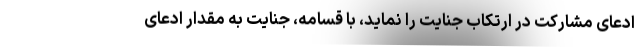
ادعای مشارکت در ارتکاب جنایت را نماید، با قسامه، جنایت به مقدار ادعای